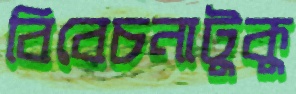
বিবেচনাটুকু